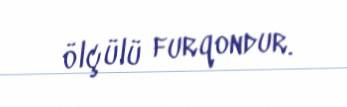
ölçülü furqondur.